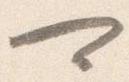
可